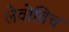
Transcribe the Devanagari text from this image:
लेवोविच